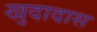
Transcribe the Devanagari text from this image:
खुदादास